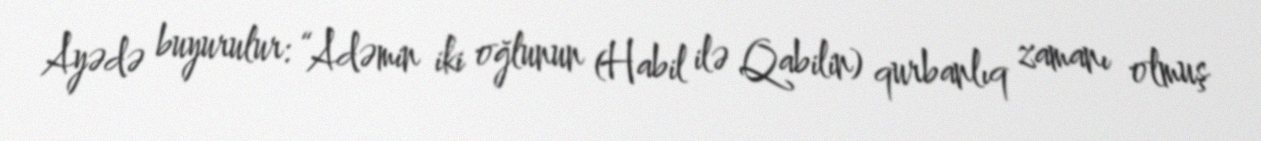
Ayədə buyurulur: “Adəmin iki oğlunun (Habil ilə Qabilin) qurbanlıq zamanı olmuş